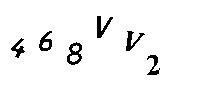
468VV2